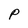
Character: P